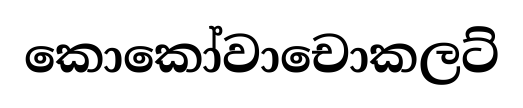
කොකෝවාචොකලට්